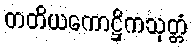
တတိယကောဋ္ဌိကသုတ္တံ